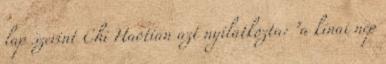
lap szerint Chi Haotian azt nyilatkozta: "a kínai nép